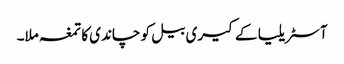
آسٹریلیا کے کیری بیل کو چاندی کا تمغہ ملا۔